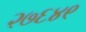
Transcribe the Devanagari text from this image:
२७६४९